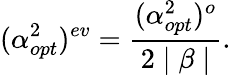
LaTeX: (\alpha_{opt}^{2})^{ev}=\frac{(\alpha_{opt}^{2})^{o}}{2\mid\beta\mid}.